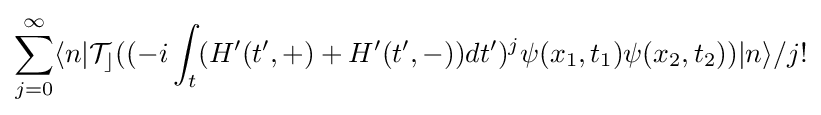
\sum _{j=0}^{\infty }\langle n|{\mathcal {T_{c}}}((-i\int _{t}(H'(t',+)+H'(t',-))dt')^{j}\psi (x_{1},t_{1})\psi (x_{2},t_{2}))|n\rangle /j!